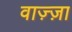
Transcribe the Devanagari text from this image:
वाज़्ज़ा